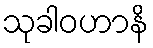
သုခါဝဟာနိ